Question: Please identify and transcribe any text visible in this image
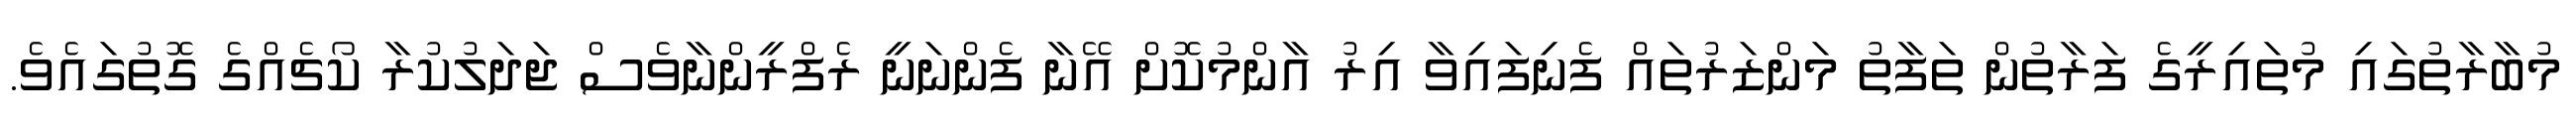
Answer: މުބާރާތުގައި މުތައިރީގެ ފަރާތުން ތަފާތު މަންޒަރުތައް ފެނިފައިވާ އިރު އާންމުކޮށް އޭނާ ފެންނަނީ ރެފްރީންނާވެސް ޖަދަލުކުރާ ކޯޗެއްގެ ގޮތުގައެވެ.